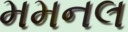
મમનલ